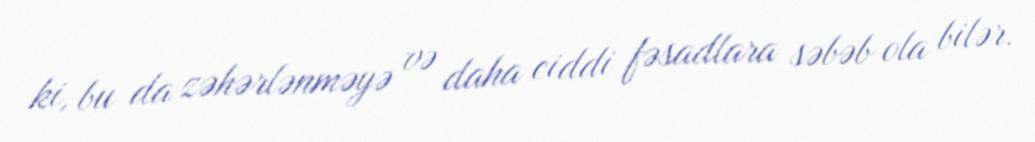
ki, bu da zəhərlənməyə və daha ciddi fəsadlara səbəb ola bilər.